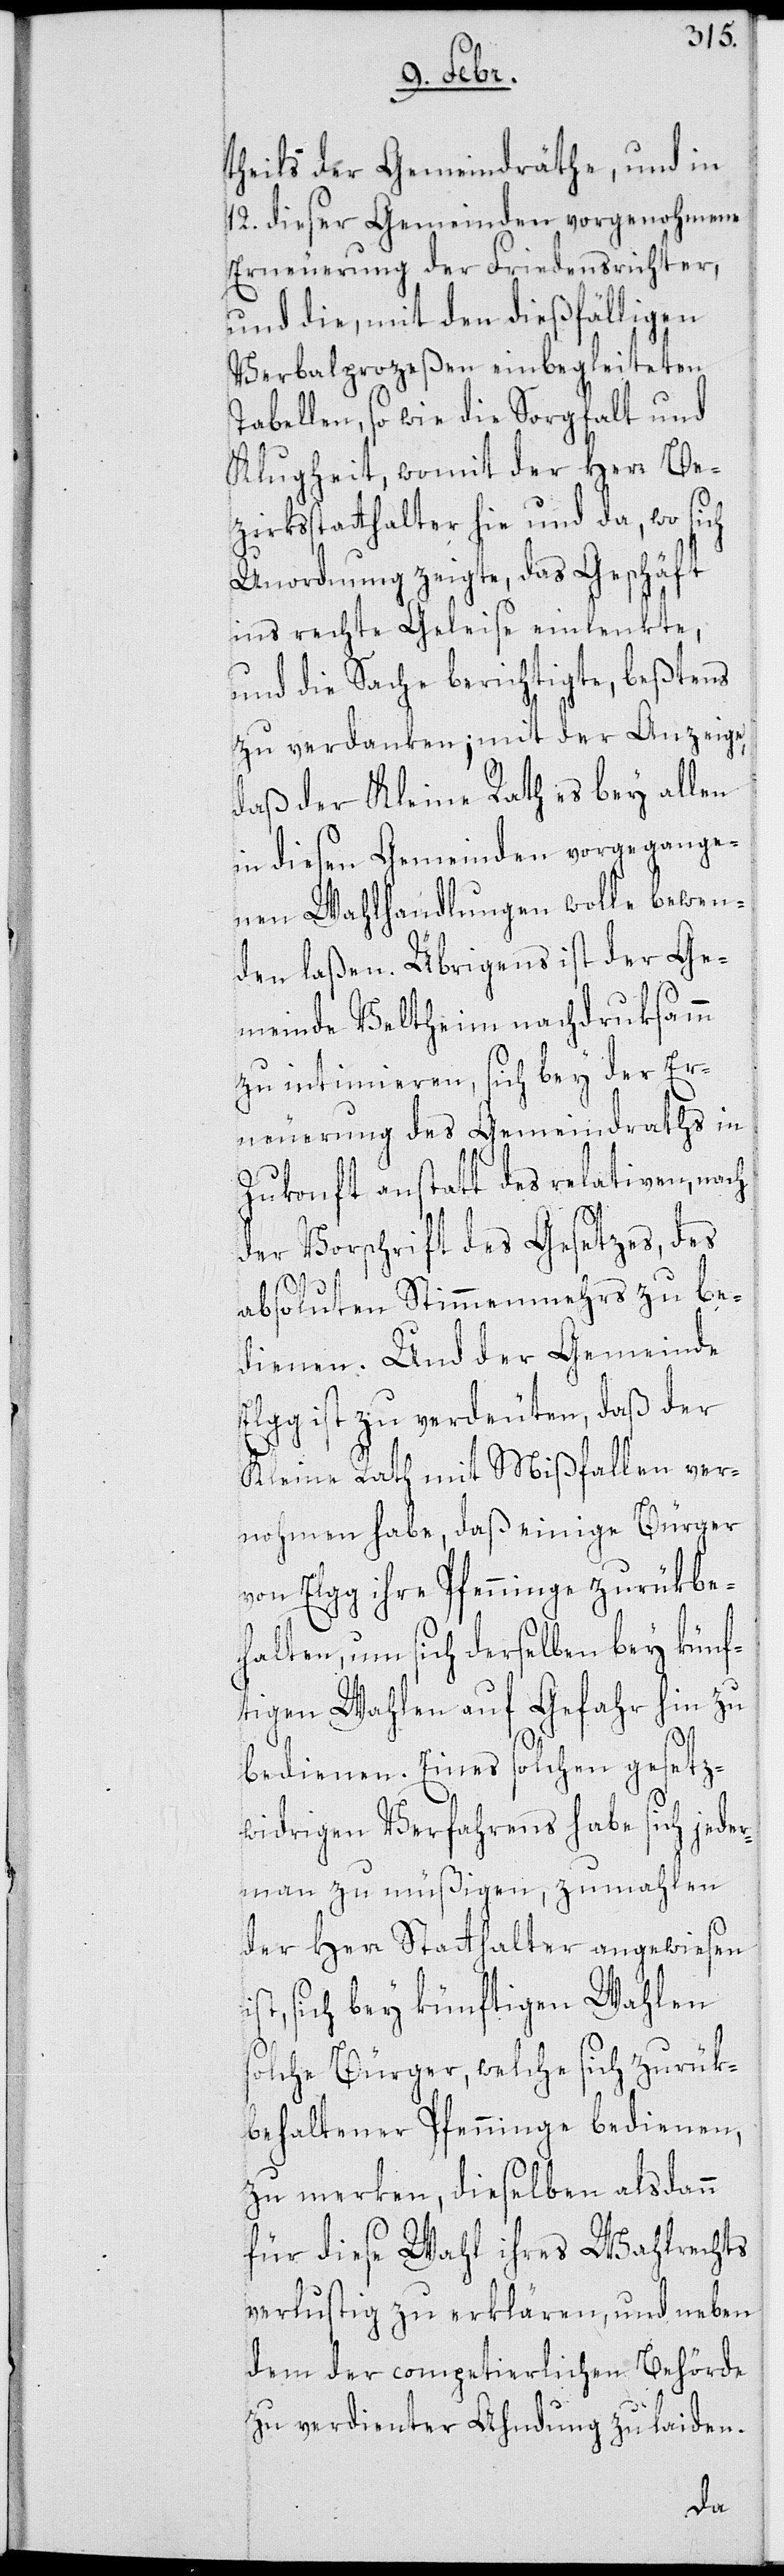
theils der Gemeindräthe, und in
12. dieser Gemeinden vorgenohmene
Erneuerung der Friedensrichter,
und die, mit den dießfälligen
Verbalprozeßen einbegleiteten
Tabellen, so wie die Sorgfalt und
Klugheit, womit der Herr Be¬
zirksstatthalter hie und da, wo sich
Unordnung zeigte, das Geschäft
ins rechte Geleise einlenkte,
und die Sache berichtigte, beßtens
zu verdanken; mit der Anzeige,
daß der Kleine Rath es bey allen
in diesen Gemeinden vorgegange¬
nen Wahlhandlungen wolle bewen¬
den laßen. Übrigens ist der Ge¬
meinde Veltheim nachdruksamm
zu intimieren, sich bey der Er¬
neuerung des Gemeindraths in
Zukonft anstatt des relativen, nach
der Vorschrift des Gesetzes, des
absoluten Stimmenmehrs zu be¬
dienen. Und der Gemeinde
Elgg ist zu verdeuten, daß der
Kleine Rath mit Mißfallen ver¬
nohmen habe, daß einige Bürger
von Elgg ihre Pfenninge zurükbe¬
halten, um sich derselben bey künf¬
tigen Wahlen auf Gefahr hin zu
bedienen. Eines solchen gesetz¬
widrigen Verfahrens habe sich jeder¬
mann zu müßigen, zumahlen
der Herr Statthalter angewiesen
ist, sich bey künftigen Wahlen
solche Bürger, welche sich zurük¬
behaltener Pfenninge bedienen,
zu merken, dieselben alsdann
für diese Wahl ihres Wahlrechts
verlustig zu erklären, und neben
dem der competierlichen Behörde
zu verdienter Ahndung zu laiden.